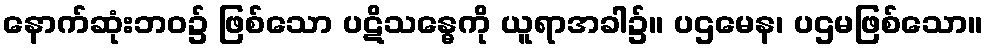
နောက်ဆုံးဘဝ၌ ဖြစ်သော ပဋိသန္ဓေကို ယူရာအခါ၌။ ပဌမေန၊ ပဌမဖြစ်သော။